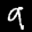
Label: 9